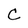
Character: C